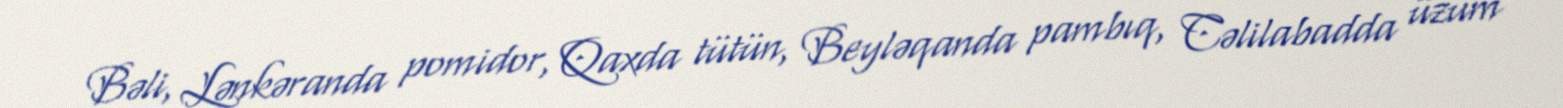
Bəli, Lənkəranda pomidor, Qaxda tütün, Beyləqanda pambıq, Cəlilabadda üzüm